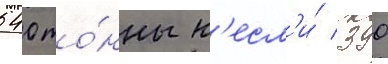
540 то́нны н'есл'и́ 390